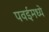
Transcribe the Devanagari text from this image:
पवईमध्ये